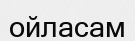
ойласам